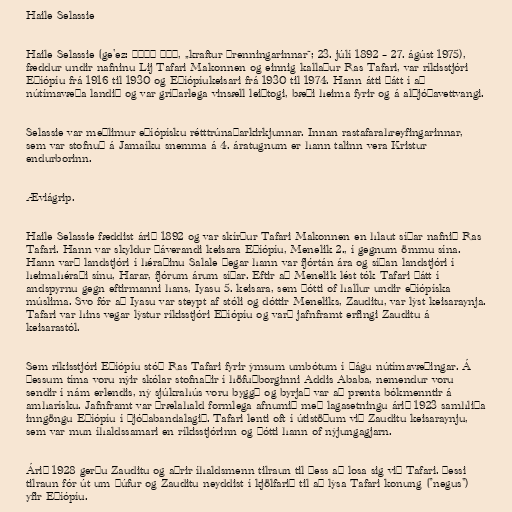
Haile Selassie

Haile Selassie (ge'ez: ኃይለ፡ ሥላሴ, „kraftur þrenningarinnar“; 23. júlí 1892 – 27. ágúst 1975),
fæddur undir nafninu Lij Tafari Makonnen og einnig kallaður Ras Tafari, var ríkisstjóri
Eþíópíu frá 1916 til 1930 og Eþíópíukeisari frá 1930 til 1974. Hann átti þátt í að
nútímavæða landið og var gríðarlega vinsæll leiðtogi, bæði heima fyrir og á alþjóðavettvangi.

Selassie var meðlimur eþíópísku rétttrúnaðarkirkjunnar. Innan rastafarahreyfingarinnar,
sem var stofnuð á Jamaíku snemma á 4. áratugnum er hann talinn vera Kristur
endurborinn.

Æviágrip.

Haile Selassie fæddist árið 1892 og var skírður Tafari Makonnen en hlaut síðar nafnið Ras
Tafari. Hann var skyldur þáverandi keisara Eþíópíu, Menelik 2., í gegnum ömmu sína.
Hann varð landstjóri í héraðinu Salale þegar hann var fjórtán ára og síðan landstjóri í
heimahéraði sínu, Harar, fjórum árum síðar. Eftir að Menelik lést tók Tafari þátt í
andspyrnu gegn eftirmanni hans, Iyasu 5. keisara, sem þótti of hallur undir eþíópíska
múslima. Svo fór að Iyasu var steypt af stóli og dóttir Meneliks, Zauditu, var lýst keisaraynja.
Tafari var hins vegar lýstur ríkisstjóri Eþíópíu og varð jafnframt erfingi Zauditu á
keisarastól.

Sem ríkisstjóri Eþíópíu stóð Ras Tafari fyrir ýmsum umbótum í þágu nútímavæðingar. Á
þessum tíma voru nýir skólar stofnaðir í höfuðborginni Addis Ababa, nemendur voru
sendir í nám erlendis, ný sjúkrahús voru byggð og byrjað var að prenta bókmenntir á
amharísku. Jafnframt var þrælahald formlega afnumið með lagasetningu árið 1923 samhliða
inngöngu Eþíópíu í Þjóðabandalagið. Tafari lenti oft í útistöðum við Zauditu keisaraynju,
sem var mun íhaldssamari en ríkisstjórinn og þótti hann of nýjungagjarn.

Árið 1928 gerðu Zauditu og aðrir íhaldsmenn tilraun til þess að losa sig við Tafari. Þessi
tilraun fór út um þúfur og Zauditu neyddist í kjölfarið til að lýsa Tafari konung ("negus")
yfir Eþíópíu.